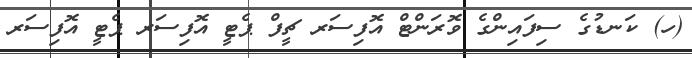
(ހ) ކަނޑުގެ ސިފައިންގެ ވޮރަންޓް އޮފިސަރ ޗީފް ޕެޓީ އޮފިސަރ ޕެޓީ އޮފިސަރ